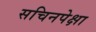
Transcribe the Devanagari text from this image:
सचिनपेक्षा